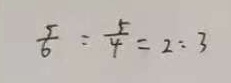
\frac { 5 } { 6 } : \frac { 5 } { 4 } = 2 : 3